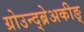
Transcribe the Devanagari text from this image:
ग्रोउन्द्ब्रेअकीङ्